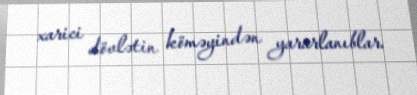
xarici dövlətin köməyindən yararlanıblar.